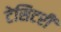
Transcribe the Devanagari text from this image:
टेसिटरी